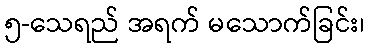
၅-သေရည် အရက် မသောက်ခြင်း၊